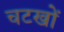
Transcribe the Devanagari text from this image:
चटखों